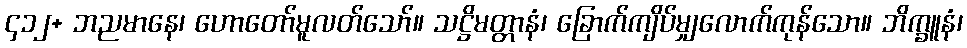
၄၁၂+ ဘညမာနေ၊ ဟောတော်မူလတ်သော်။ သဋ္ဌိမတ္တာနံ၊ ခြောက်ကျိပ်မျှလောက်ကုန်သော။ ဘိက္ခူနံ၊